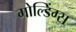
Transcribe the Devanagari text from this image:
गोल्डिंग्स